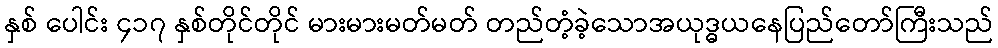
နှစ် ပေါင်း ၄၁၇ နှစ်တိုင်တိုင် မားမားမတ်မတ် တည်တံ့ခဲ့သောအယုဒ္ဓယနေပြည်တော်ကြီးသည်